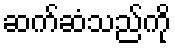
ဆက်ဆံသည်ကို